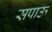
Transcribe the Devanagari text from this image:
सपाऊ